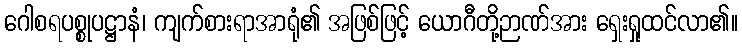
ဂေါစရပစ္စုပဋ္ဌာနံ၊ ကျက်စားရာအာရုံ၏ အဖြစ်ဖြင့် ယောဂီတို့ဉာဏ်အား ရှေးရှုထင်လာ၏။